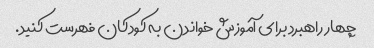
چهار راهبرد برای آموزش خواندن به کودکان فهرست کنید.